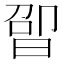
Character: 𬁤